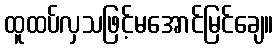
ထူထပ်လှသဖြင့်မအောင်မြင်ချေ။